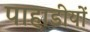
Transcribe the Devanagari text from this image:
पाहाडीयों